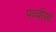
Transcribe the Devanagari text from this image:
पच्चीसों